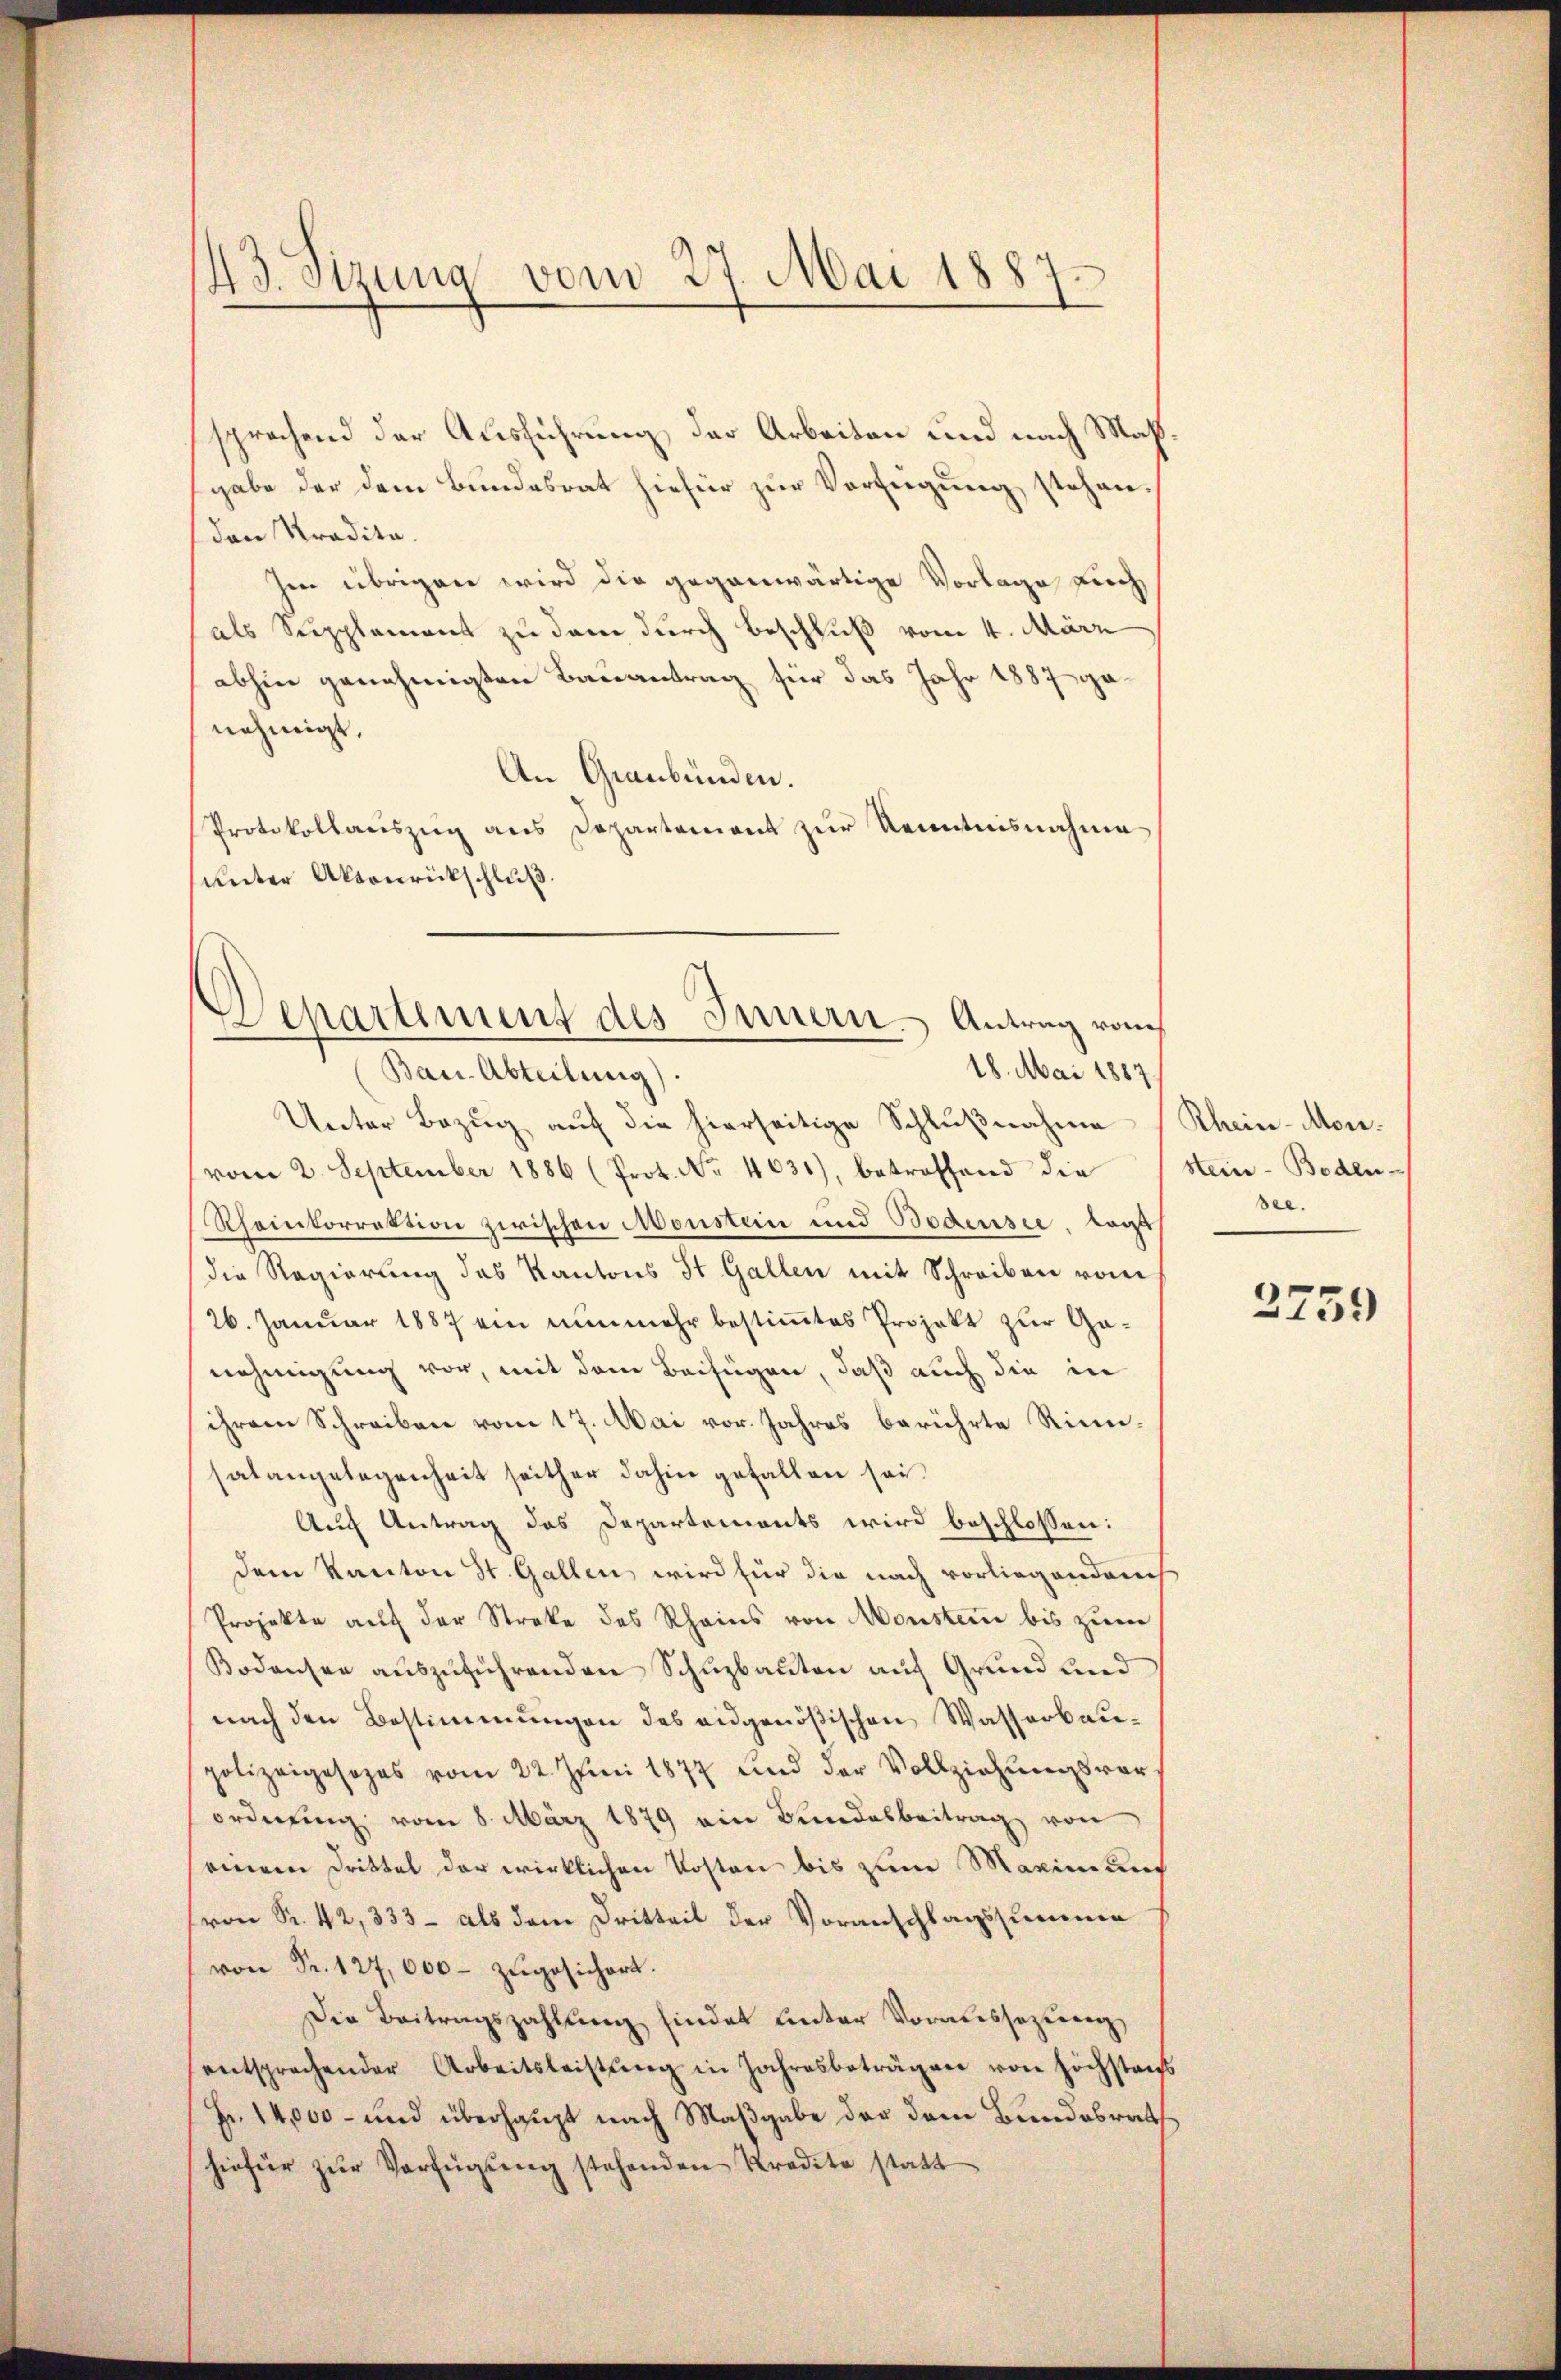
43. Sizung vom 27. Mai 1887.
d

sprachend der Ausführung der Arbeiten und nach Maßsgabe der dem Bundesrat hiefür zur Verfügung stehenden Stradita.
Hee übrigen wird die gegenwärtige Vorlage durch
als Supplement zu dem durch Beschluß vom 4. März
abhin genehmigten Bauantrag für das Jahr 1887 a
nehmigt,
An Graubünden.
Protokollauszug aus Departement zur Kenntnisnahme
unter Aktenrückschluß.

Departement des Innern Antrag vom
18. Mai 1887.
Bau-Abteilung)
Unter Bezug auf die hierseitige Schlußnahme

vom 2. September 1886 (Prot. No. 4631), betreffend die
Rheinkorrektion zwischen Monstein und Bedensee lagt
die Regierung des Kantons St. Gallen mit Schreiben vom
26. Januar 1887 ein nunmehr bestimmtes Projekt zur Ganehmigung vor, mit dem Beifügen, daß auch die in
ihrem Schreiben vom 17. Mai vor. Jahres berührte Rinnsalangelegenheit seither dahin gefallen sei.
Auch Antrag das Departements wird beschlossen:
dem Kanton St. Gallen wird für die nach vorliegendenh
Projekte aŭf der Streke des Rheins von Monsten bis zum
Bodensee auszuführenden Schuzbauten auf Grund und
nach den Bestimmungen des eidgenößischen Wasserbaupolizeigesezes vom 22. Juni 1877 und der Vollziehungsvor
ordnŭng vom 8. März 1879 ein Bundesbeitrag von
einem Drittel der wirklichen Kosten bis zum Maximund
von Sr. 42, 333 - als dem Dritteil der Voranschlagssumme
von Fr. 127,000 zŭgesichert.
Die Beitragszahlung findet unter Voraussezung
entsprechender Arbeitsleistŭng in Jahresbeträgen von höchstan
Fr. 14,000 - und überhaupt nach Maßgabe der dem Bundesrath
hiefür zŭr Verfügŭng stehenden Kredite statt

Rhein-Mon.
stein-Boden-
see.

2759